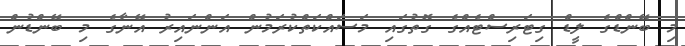
މި ބޭންޑްގެ ލީޑް ގިޓަރިސްޓެއްގެ ގޮތުގައި މަސައްކަތްކުރަމުން އަންނައިރު އޭނާގެ މި ބޭންޑުން